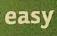
easy